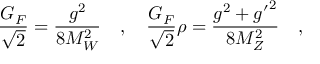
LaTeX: \frac { G _ { F } } { \sqrt { 2 } } = \frac { g ^ { 2 } } { 8 M _ { W } ^ { 2 } } ~ ~ ~ , ~ ~ ~ \frac { G _ { F } } { \sqrt { 2 } } \rho = \frac { g ^ { 2 } + { g ^ { \prime } } ^ { 2 } } { 8 M _ { Z } ^ { 2 } } ~ ~ ~ ,